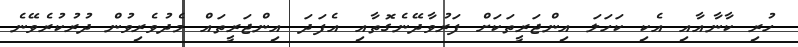
ހުރި ކާނާއާއި އެކި ކަހަލަ އިންޖަރީތަކަށް ފަރުވާދޭނެގޮތާއި އެފަދަ އިންޖަރީތައް މެދުވެރިވުން ދުރުކުރެވޭނެ